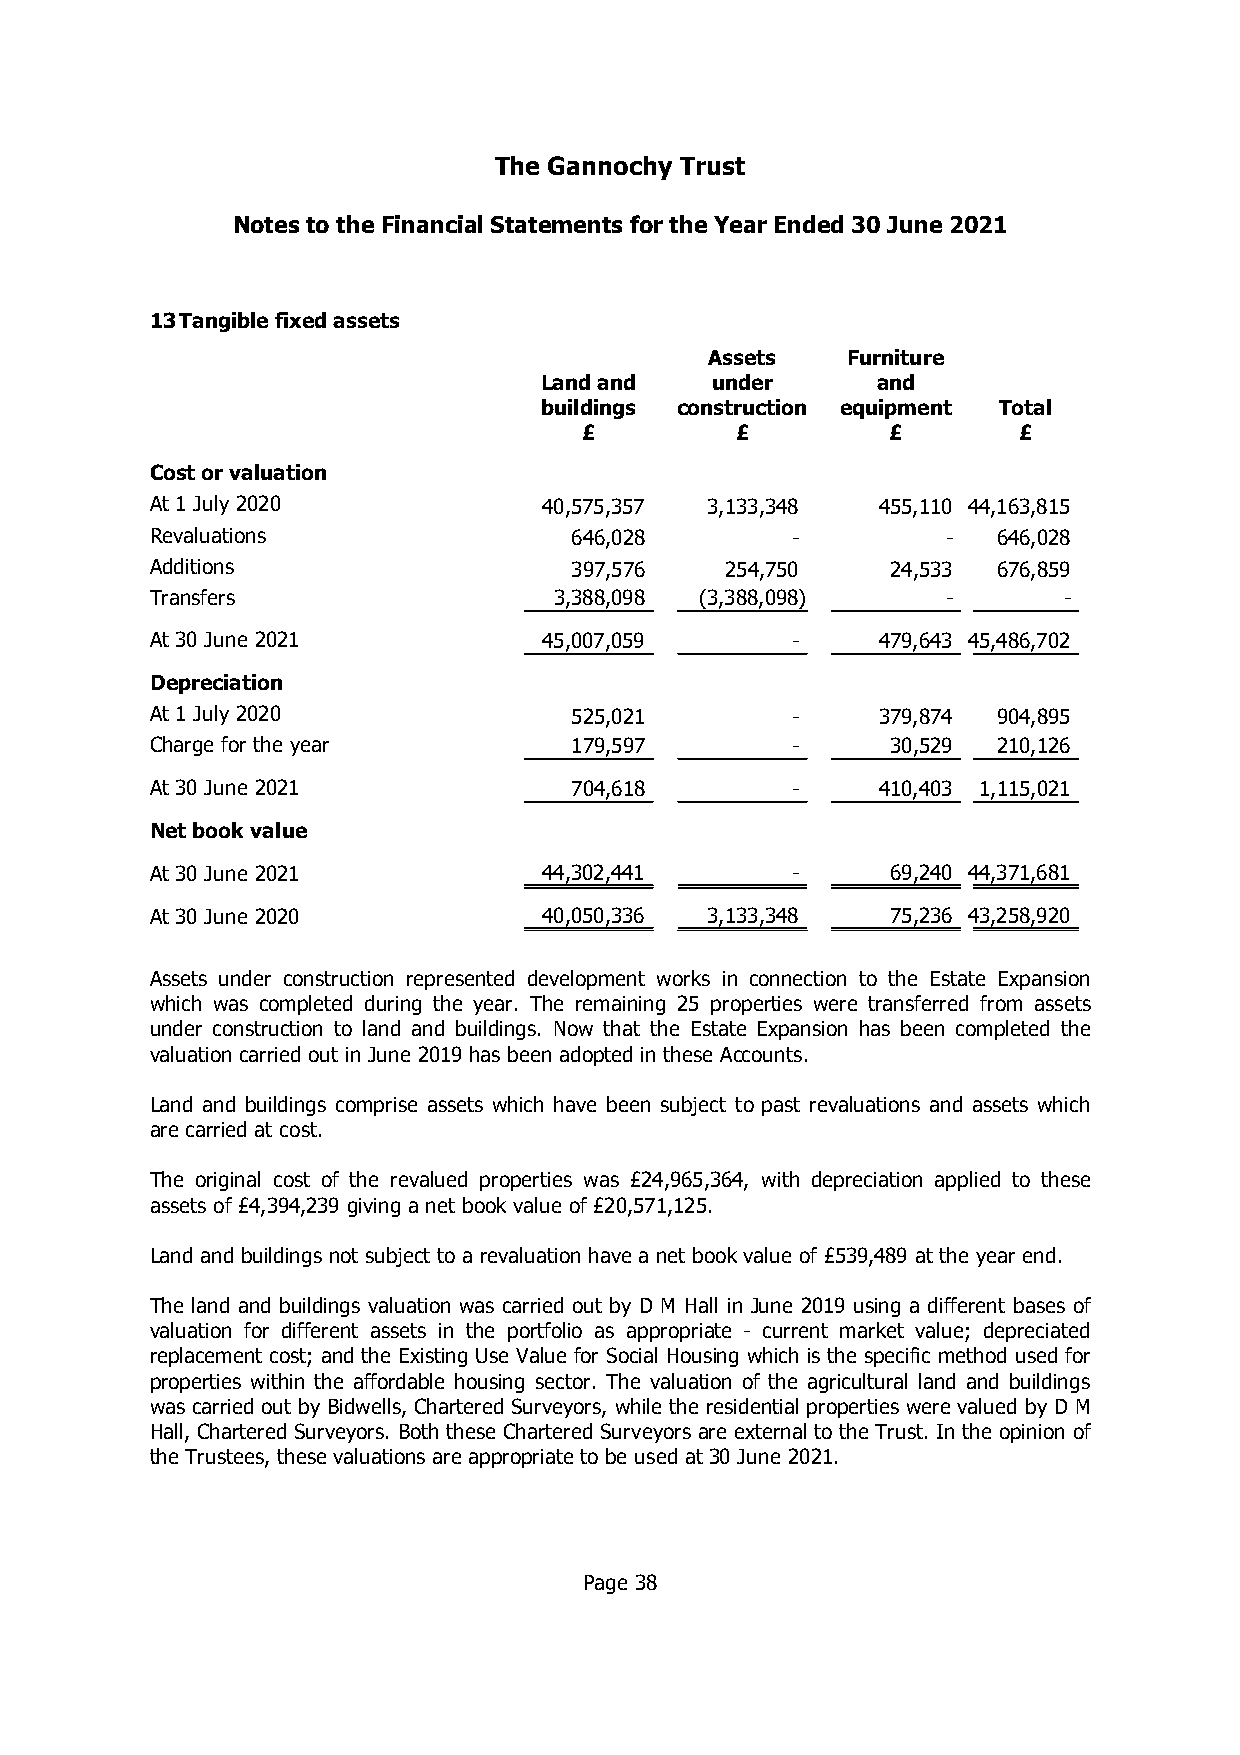
The Gannochy Trust
 Notes to the Financial Statements for the Year Ended 30 June 2021
 13Tangible fixedassets
 Assets   Furniture
 Landand    under      and
 buildings construction equipment Total
 £         £         £       £
 Cost or valuation
 At 1 July 2020            40,575,357 3,133,348  455,110 44,163,815
 Revaluations                646,028       -          -  646,028
 Additions                   397,576   254,750    24,533 676,859
 Transfers                  3,388,098 (3,388,098)     -      -
 At 30 June 2021           45,007,059      -     479,643 45,486,702
 Depreciation
 At 1 July 2020              525,021       -     379,874 904,895
 Charge for the year         179,597       -      30,529 210,126
 At 30 June 2021             704,618       -     410,403 1,115,021
 Net book value
 At 30 June 2021           44,302,441      -      69,240 44,371,681
 At 30 June 2020           40,050,336 3,133,348   75,236 43,258,920
 Assets under construction represented development works in connection to the Estate Expansion
 which was completed during the year. The remaining 25 properties were transferred from assets
 under construction to land and buildings. Now that the Estate Expansion has been completed the
 valuation carried out in June 2019 has been adopted in these Accounts.
 Land and buildings comprise assets which have been subject to past revaluations and assets which
 are carried at cost.
 The original cost of the revalued properties was £24,965,364, with depreciation applied to these
 assets of £4,394,239 giving a net book value of £20,571,125.
 Land and buildings not subject to a revaluation have a net book value of £539,489 at the year end.
 The land and buildings valuation was carried out by D M Hall in June 2019 using a different bases of
 valuation for different assets in the portfolio as appropriate - current market value; depreciated
 replacement cost; and the Existing Use Value for Social Housing which is the specific method used for
 properties within the affordable housing sector. The valuation of the agricultural land and buildings
 was carried out by Bidwells, Chartered Surveyors, while the residential properties were valued by D M
 Hall, Chartered Surveyors. Both these Chartered Surveyors are external to the Trust. In the opinion of
 the Trustees, these valuations are appropriate to be used at 30 June 2021.
 Page 38